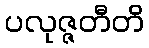
ပလုဇ္ဇတီတိ